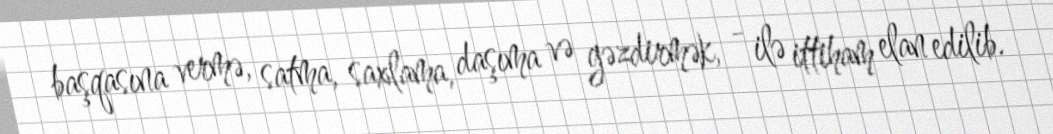
başqasına vermə, satma, saxlama, daşıma və gəzdirmək, - ilə ittiham elan edilib.